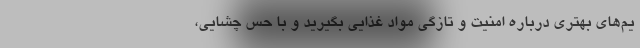
یم‌های بهتری درباره امنیت و تازگی مواد غذایی بگیرید و با حس چشایی،